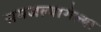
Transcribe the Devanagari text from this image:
समजल्यागेल्या